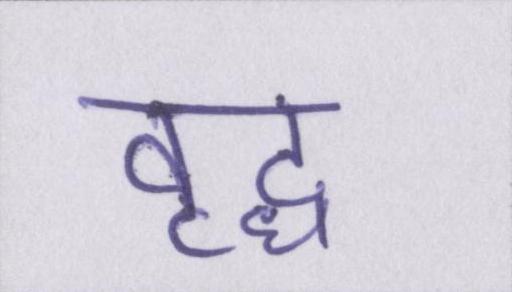
वृद्ध